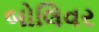
બોલિવર